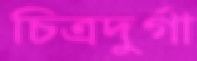
চিত্রদুর্গা